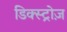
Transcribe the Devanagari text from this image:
डिक्स्ट्रोज़